Leaving Certificate Examination, 1921
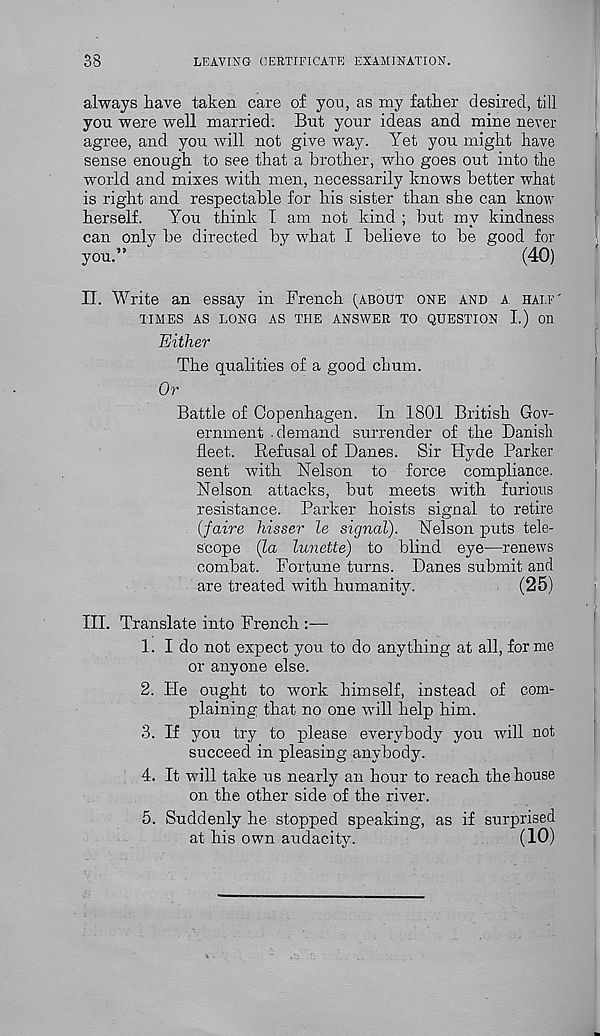
38
LEAVING CERTIFICATE EXAMINATION.
always have taken care of yon, as my father desired, till
you were well married. But your ideas and mine never
agree, and you will not give way. Yet you might have
sense enough to see that a brother, who goes out into the
world and mixes with men, necessarily knows better what
is right and respectable for his sister than she can know
herself.
You think I am not kind ; but my kindness
can only be directed by what I believe to be good for
you.”
(40)
II. Write an essay in French (about one and a half'
TIMES AS LONG AS THE ANSWER TO QUESTION I.) on
Either
The qualities of a good chum.
Or
Battle of Copenhagen. In 1801 British Gov-
ernment .demand surrender of the Danish
fleet. Refusal of Danes. Sir Hyde Parker
sent with Nelson to force compliance.
Nelson attacks, but meets with furious
resistance. Parker hoists signal to retire
(faire hisser le signal). Nelson puts tele-
scope (la Imiette) to blind eye—renews
combat. Fortune turns. Danes submit and
are treated with humanity.
(25)
III. Translate into French :—
1. I do not expect you to do anything at all, for me
or anyone else.
2. He ought to work himself, instead of com-
plaining that no one will help him.
3. If you try to please everybody you will not
succeed in pleasing anybody.
4. It will take us nearly an hour to reach the house
on the other side of the river.
5. Suddenly he stopped speaking, as if surprised
at his own audacity.
(10)